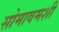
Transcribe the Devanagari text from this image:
सोमावमशी